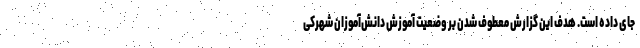
جای داده است. هدف این گزارش معطوف شدن بر وضعیت آموزش دانش‌آموزان شهرکی